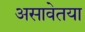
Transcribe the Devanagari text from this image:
असावेतया